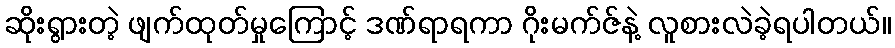
ဆိုးရွားတဲ့ ဖျက်ထုတ်မှုကြောင့် ဒဏ်ရာရကာ ဂိုးမက်ဇ်နဲ့ လူစားလဲခဲ့ရပါတယ်။